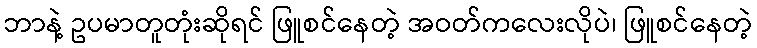
ဘာနဲ့ ဥပမာတူတုံးဆိုရင် ဖြူစင်နေတဲ့ အဝတ်ကလေးလိုပဲ၊ ဖြူစင်နေတဲ့